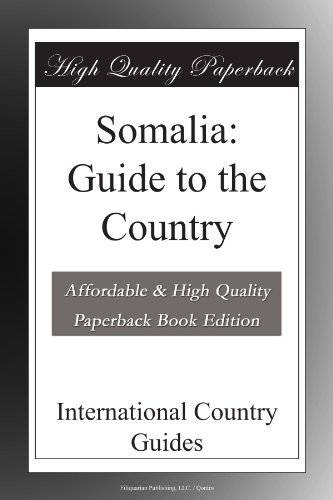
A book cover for Somalia: Guide to the Country; International Country Guides; Travel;